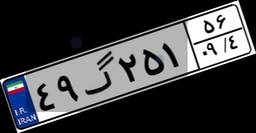
۴۹گ۲۵۱۵۶